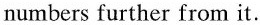
numbers further from it.